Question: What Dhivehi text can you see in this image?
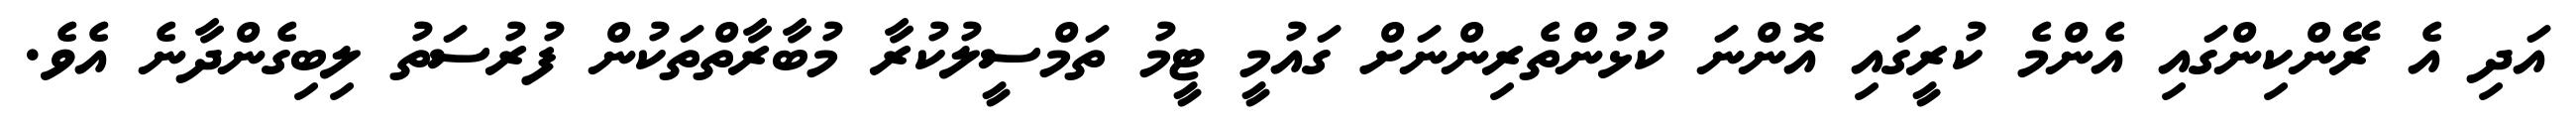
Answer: އަދި އެ ރޭންކިންގައި އެންމެ ކުރީގައި އޮންނަ ކުޅުންތެރިންނަށް ގައުމީ ޓީމު ތަމްސީލުކުރާ މުބާރާތްތަކުން ފުރުސަތު ލިބިގެންދާނެ އެވެ.